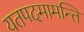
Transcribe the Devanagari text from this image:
यतपदमामन्ति